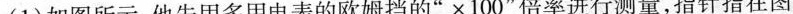
(1)如图所示，他先用多用电表的欧姆挡的”×100”倍率进行测量，指针指在图